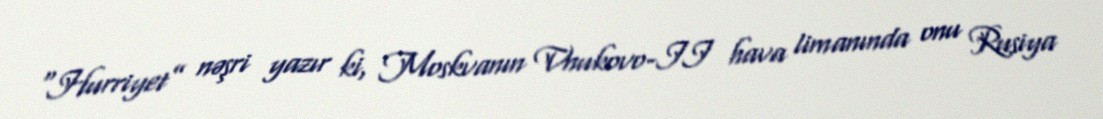
“Hurriyet” nəşri yazır ki, Moskvanın Vnukovo-II hava limanında onu Rusiya